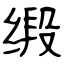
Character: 缎